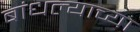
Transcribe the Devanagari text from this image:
बांधल्याच्या